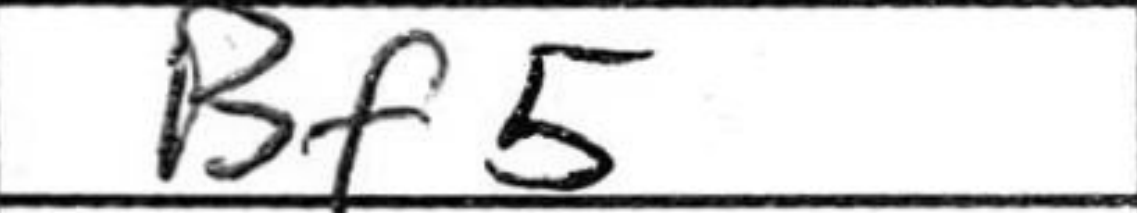
Transcription: Bf5